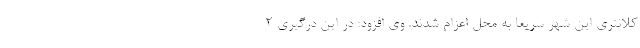
کلانتری این شهر سریعا به محل اعزام شدند. وی افزود: در این درگیری ۲